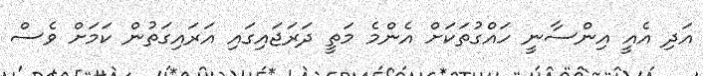
އަދި އެއީ އިންސާނީ ހައްގުތަކަށް އެންމެ މަތީ ދަރަޖައިގައި އަރައިގަތުން ކަމަށް ވެސް